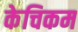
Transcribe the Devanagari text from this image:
केचिकम